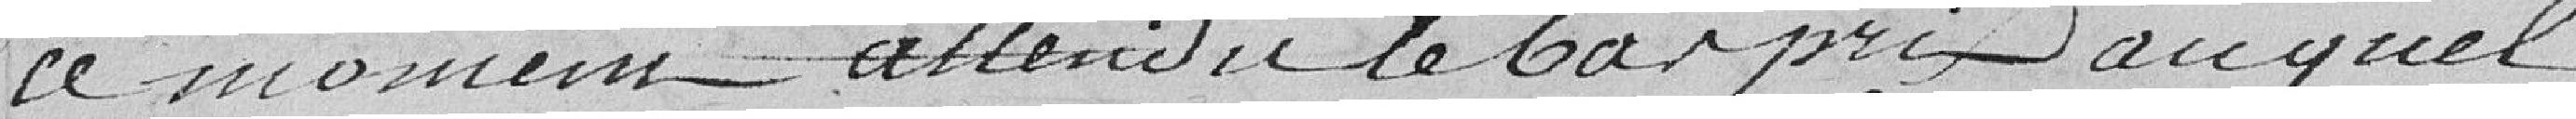
ce moment. Attendu le carpix auquel